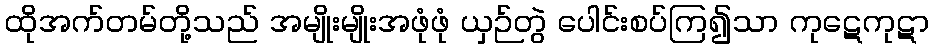
ထိုအက်တမ်တို့သည် အမျိုးမျိုးအဖုံဖုံ ယှဉ်တွဲ ပေါင်းစပ်ကြ၍သာ ကုဋေကုဋာ